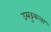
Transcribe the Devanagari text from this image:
उस्छुकत्ता